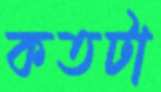
কতটা